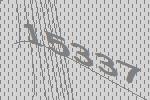
15337